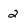
Character: 2